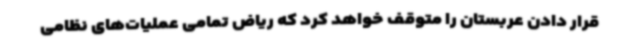
قرار دادن عربستان را متوقف خواهد کرد که ریاض تمامی عملیات‌های نظامی